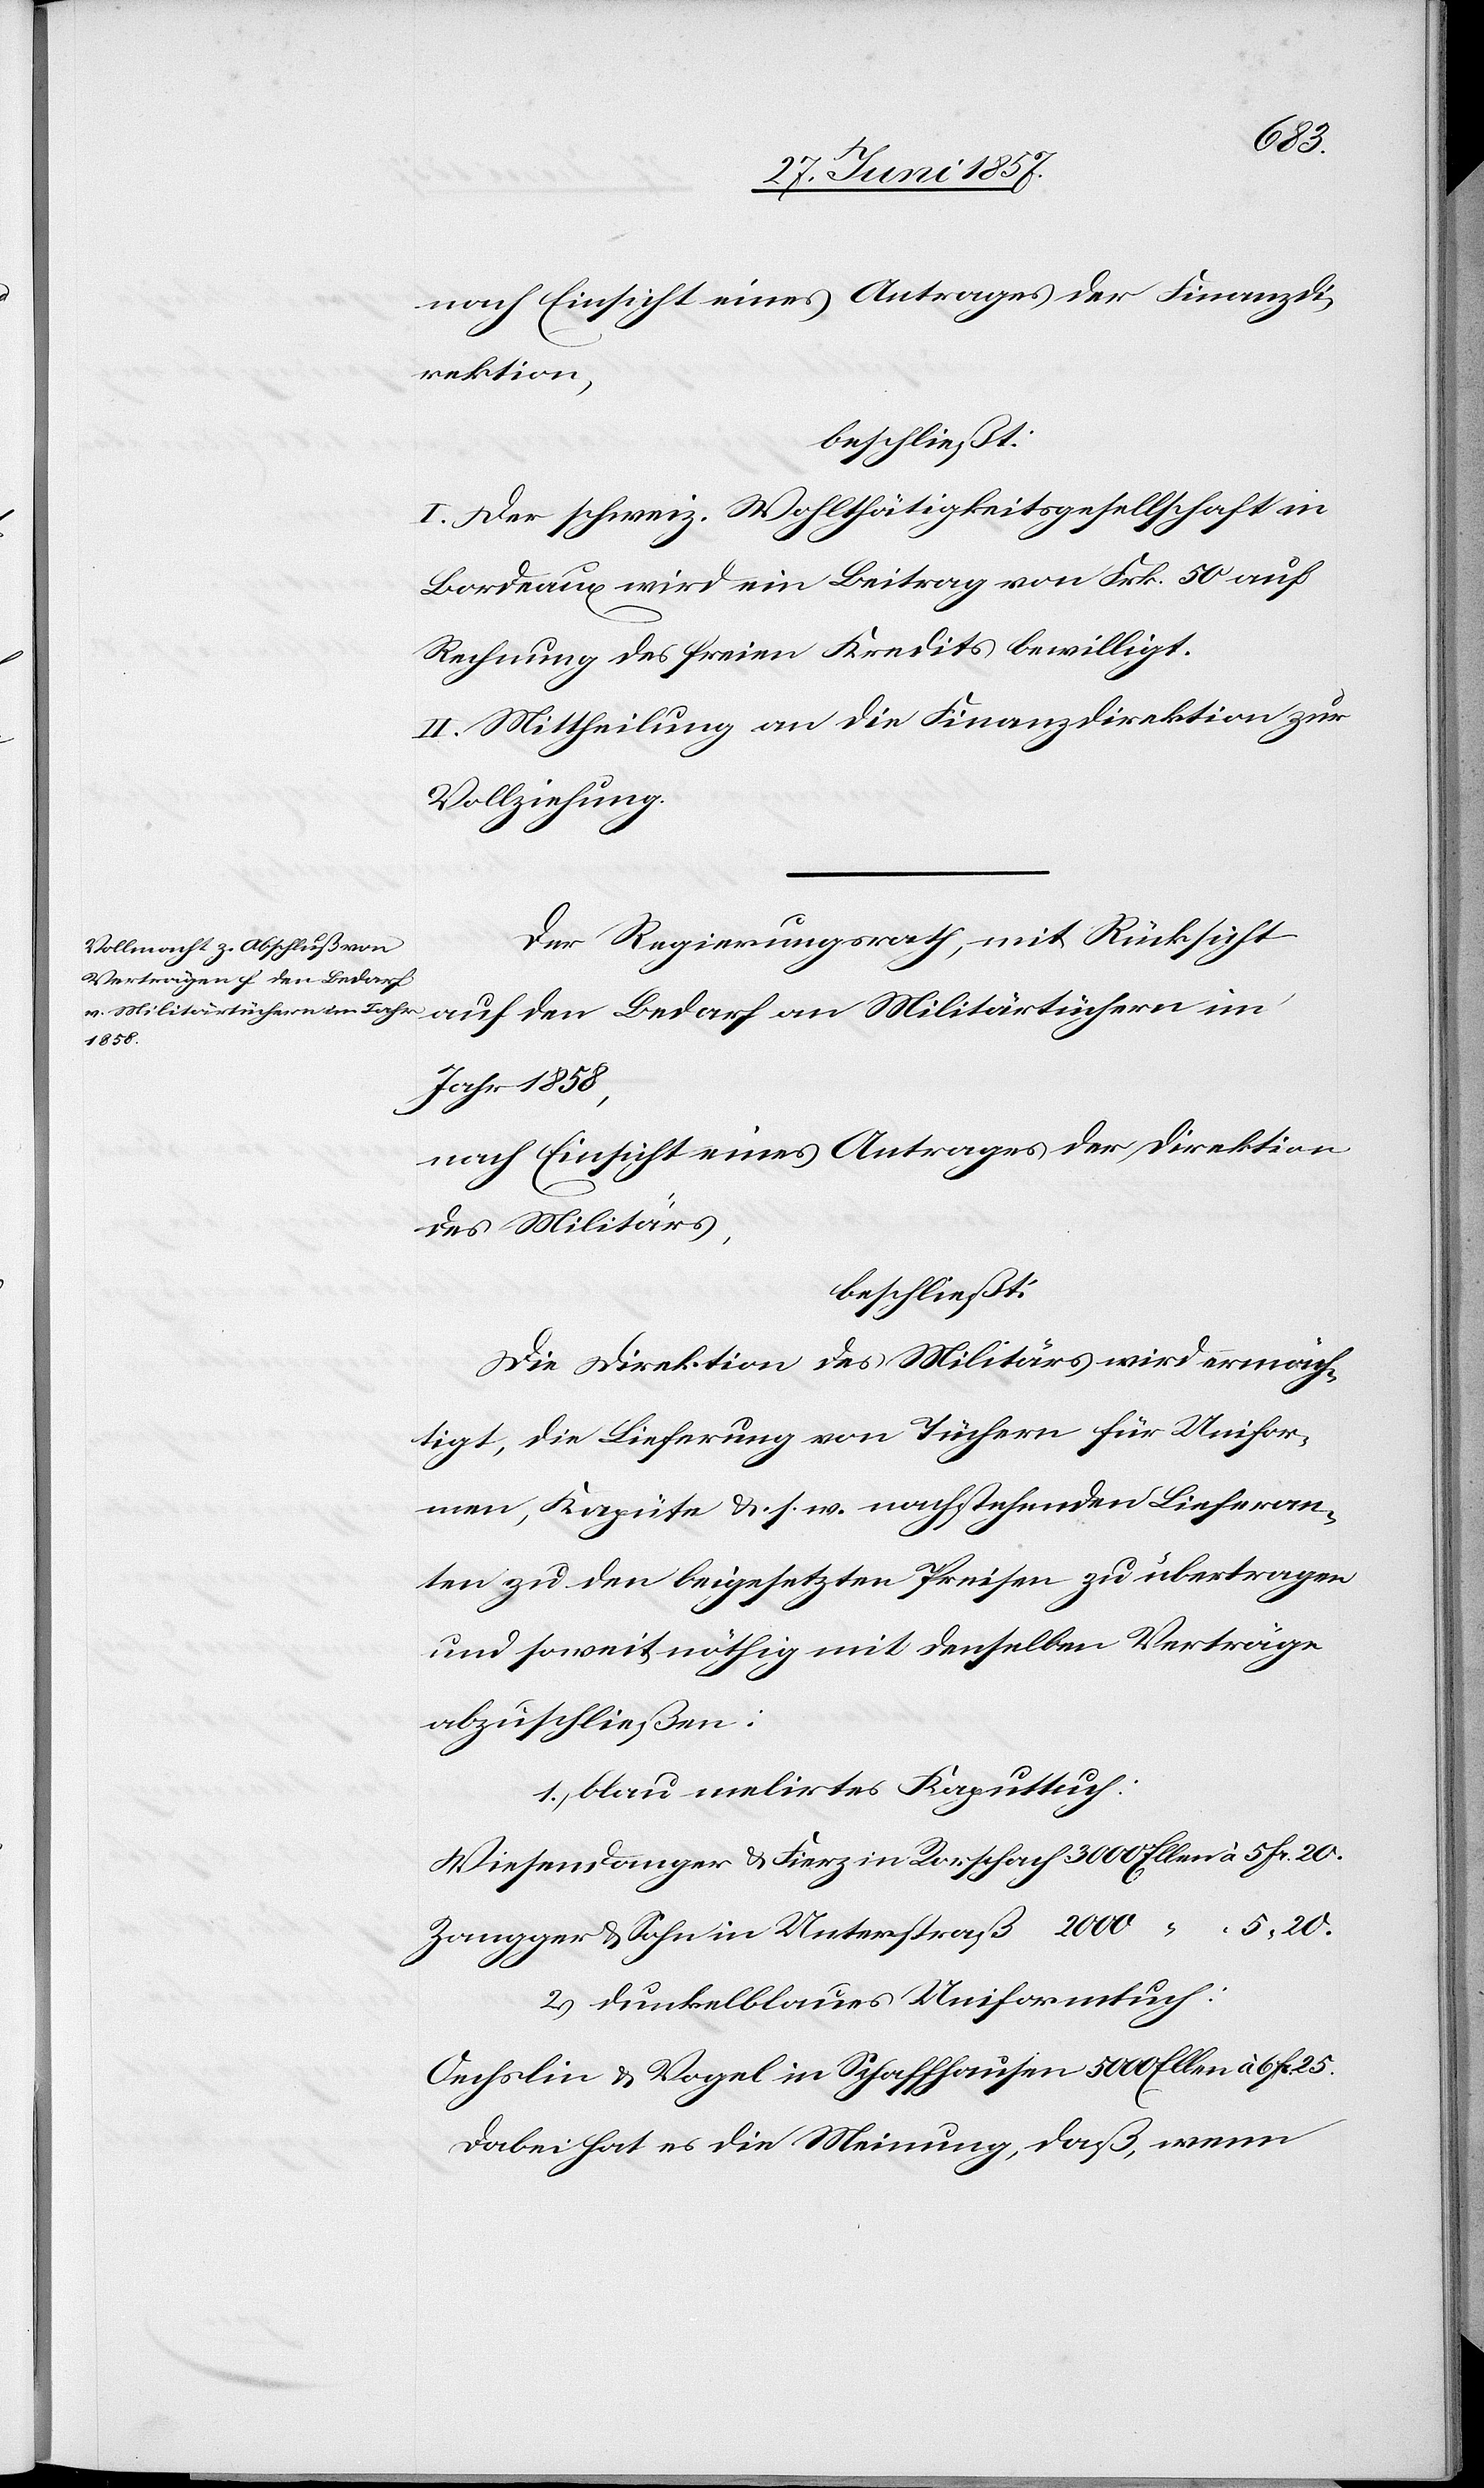
nach Einsicht eines Antrages der Finanzdi¬
rektion,
beschließt:
I. Der schweiz. Wohlthätigkeitsgesellschaft in
Bordeaux wird ein Beitrag von Frk. 50 auf
Rechnung des freien Kredites bewilligt.
II. Mittheilung an die Finanzdirektion zur
Vollziehung.
Der Regierungsrath mit Rücksicht
auf den Bedarf an Militärtüchern im
Jahr 1858,
nach Einsicht eines Antrages der Direktion
des Militärs,
beschließt:
Die Direktion des Militärs wird ermäch¬
tigt, die Lieferung von Tüchern für Unifor¬
men, Kapüte &. s. w. nachstehenden Lieferan¬
ten zu den beigesetzten Preisen zu übertragen
und soweit nöthig mit denselben Verträge
abzuschließen:
1.) blau melirtes Kaputtuch:
Wiesendanger & Fierz in Rorschach 3 000 Ellen à 5 Fr. 20.
Zangger & Sohn in Unterstraß 2 000 “ “ 5. “ 20.
2.) dunkelblaues Uniformtuch:
Oechslin & Vogel in Schaffhausen 5 000 Ellen à 6 Fr.
Dabei hat es die Meinung, daß, wenn